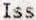
ISS